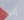
إنها